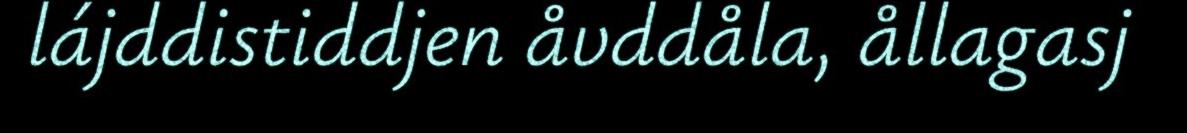
lájddistiddjen åvddåla, ållagasj